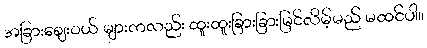
အခြားဈေးဝယ် များကလည်း ထူးထူးခြားခြားမြင်လိမ့်မည် မထင်ပါ။